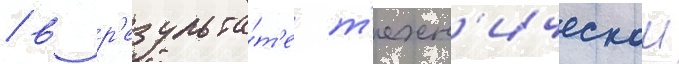
/ в р'езульта́т'е т'ехн'ическои